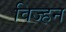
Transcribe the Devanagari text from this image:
विज्हन